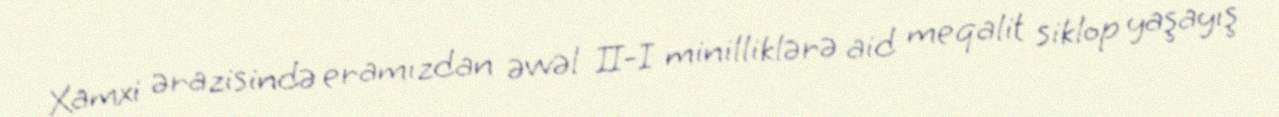
Xamxi ərazisində eramızdan əvvəl II-I minilliklərə aid meqalit siklop yaşayış